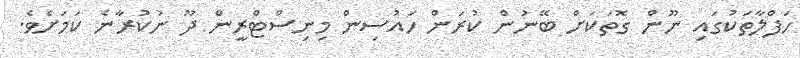
ހަފްލާތަކުގައި ނޫން ގޮތަކަށް ބޭނުން ކުރަން ހައުސިން މިނިސްޓްރީން ދޫ ނުކުރާނެ ކަމަށެވެ.